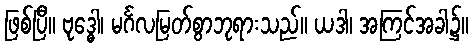
ဖြစ်ပြီ။ ဗုဒ္ဓေါ၊ မင်္ဂလမြတ်စွာဘုရားသည်။ ယဒါ၊ အကြင်အခါ၌။